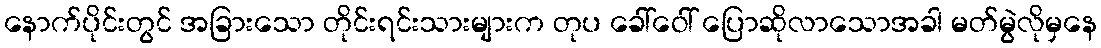
နောက်ပိုင်းတွင် အခြားသော တိုင်းရင်းသားများက တုပ ခေါ်ဝေါ် ပြောဆိုလာသောအခါ မတ်မွဲလိုမှနေ